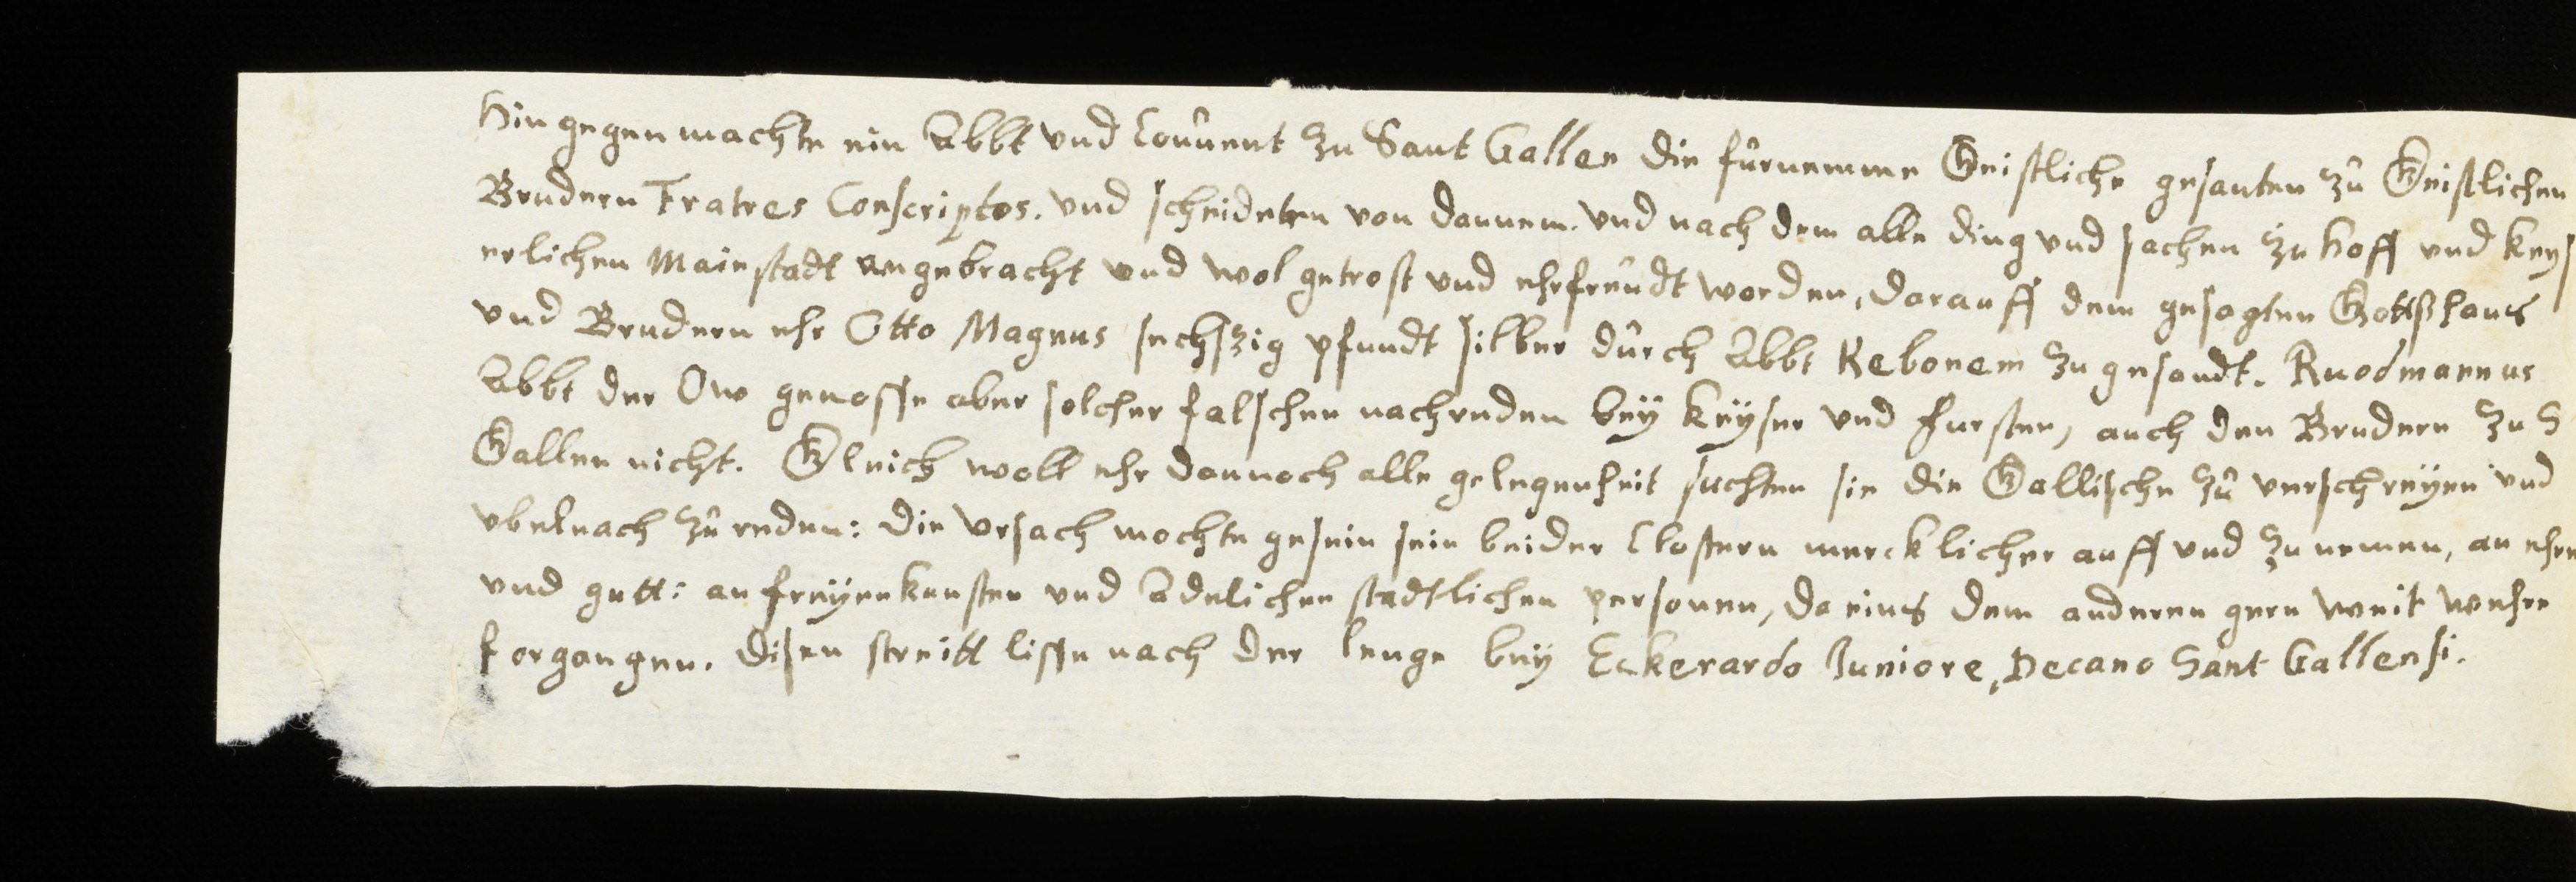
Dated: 1630–1680